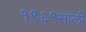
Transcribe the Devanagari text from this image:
१९६९साली